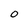
Character: 0